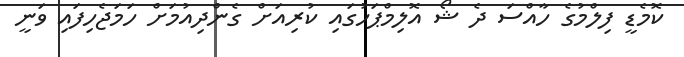
ކޮމެޑީ ފިލްމުގެ ހާއްސަ ދެ ޝޯ އޮލިމްޕަހުގައި ކުރިއަށް ގެންދިއުމަށް ހަމަޖެހިފައި ވަނީ